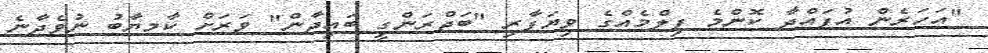
"އަހަރެން އުފައްދާ ކޮންމެ ފިލްމެއްގެ ވިޔަފާރި "ބަޖްރަންގީ ބައިޖާން" ވަރަށް ކާމޔާބު ނުވެދާނެ